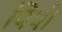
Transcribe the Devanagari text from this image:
पिपी